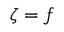
\zeta = f